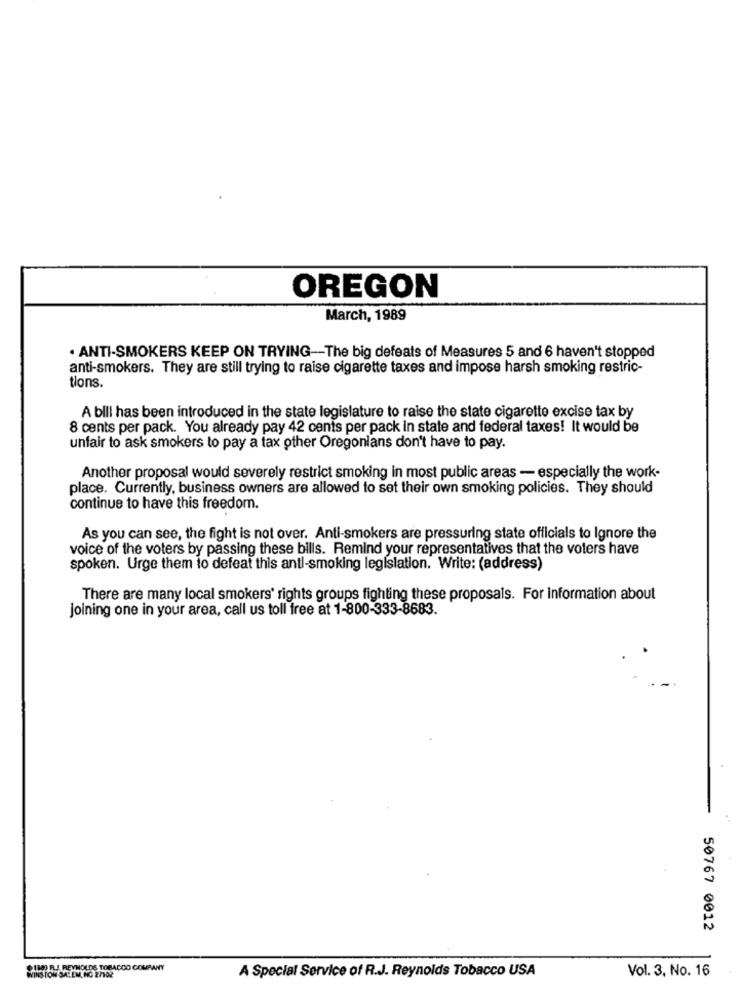
OREGON
March, 1989
. ANTI-SMOKERS KEEP ON TRYING -- The big defeats of Measures 5 and 6 haven't stopped
anti-smokers. They are still trying to raise cigarette taxes and impose harsh smoking restric-
tions.
A bill has been introduced in the state legislature to raise the state cigarette excise tax by
8 cents per pack. You already pay 42 cents per pack in state and federal taxes! It would be
unfair to ask smokers to pay a tax other Oregonians don't have to pay.
Another proposal would severely restrict smoking in most public areas - especially the work-
place. Currently, business owners are allowed to set their own smoking policies. They should
continue to have this freedom.
As you can see, the fight is not over. Anti-smokers are pressuring state officials to Ignore the
voice of the voters by passing these bills. Remind your representatives that the voters have
spoken. Urge them to defeat this anti-smoking legislation. Write: (address)
There are many local smokers' rights groups fighting these proposals. For information about
Joining one in your area, call us toll free at 1-800-333-8683.
50767 0012
$130) FLJ REYNOLDS TOBACCO COMPANY
Vol. 3. No. 16
WINSTON SALEM, NC 2/102
A Special Service of R.J. Reynolds Tobacco USA